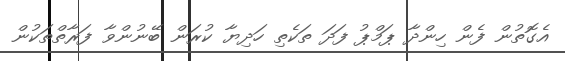
އެގޮތުން ފެން ހިންދާ ޕަމްޕު ފަދަ ތަކެތި ހަދިޔާ ކުރަން ބޭނުންވާ ފަރާތްތަކުން